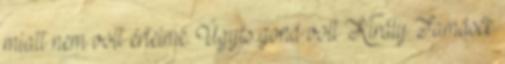
miatt nem volt értelme. Úgyis gond volt Király Tamásék